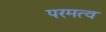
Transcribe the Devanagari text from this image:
परमत्व